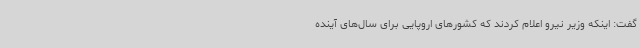
گفت: اینکه وزیر نیرو اعلام کردند که کشورهای اروپایی برای سال‌های آینده